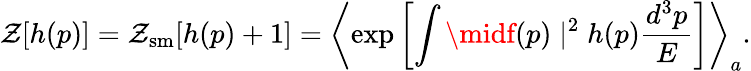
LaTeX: \mathcal{Z}[h(p)]=\mathcal{Z}_{\mathrm{{sm}}}[h(p)+1]=\left\langle\exp\left[\int\midf(p)\mid^{2}h(p){\frac{{d^{3}p}}{{E}}}\right]\right\rangle_{a}.